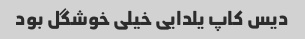
دیس کاپ یلدایی خیلی خوشگل بود